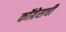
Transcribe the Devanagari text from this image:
कॉग्रेसची